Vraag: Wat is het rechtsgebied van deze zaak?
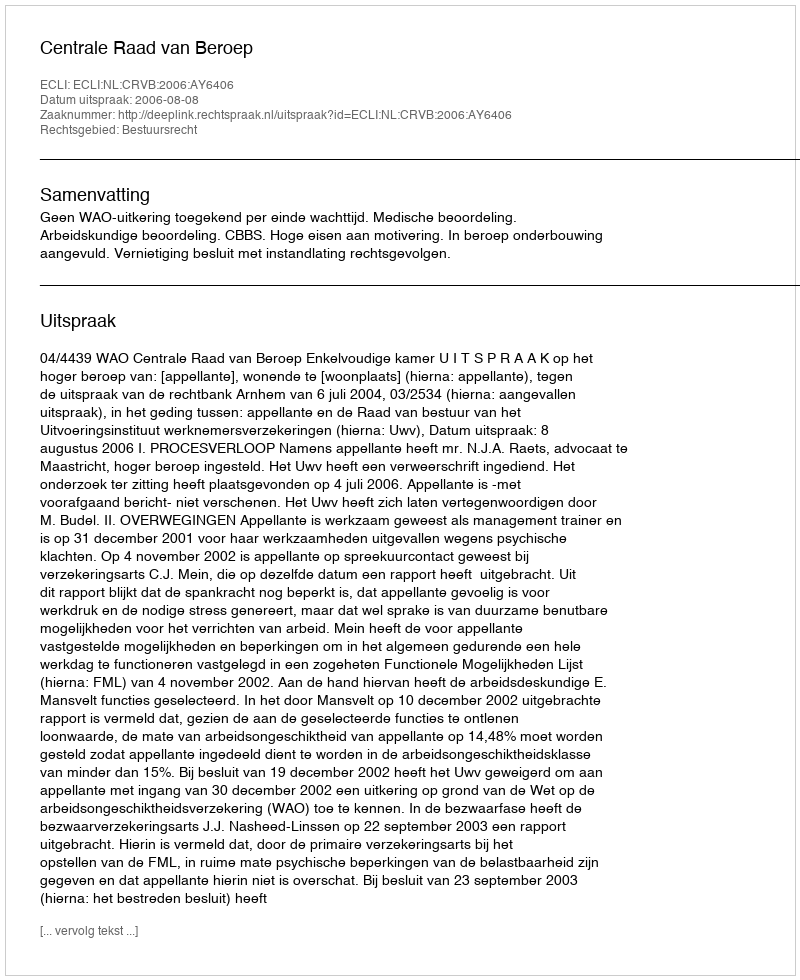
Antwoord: Bestuursrecht